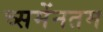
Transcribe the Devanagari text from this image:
च्समेंनतम